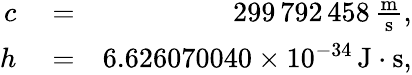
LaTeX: \begin{array}{rlr}{c}&{{}=}&{299\, 792\, 458\, \frac{{\mathrm m}}{{\mathrm s}},}\\ {h}&{{}=}&{6.626070040\times 10^{-34}\, {\mathrm J}\cdot{\mathrm s},}\end{array}